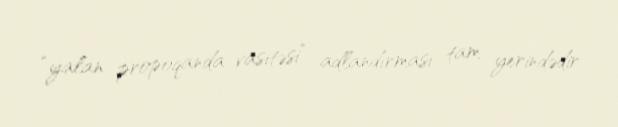
“yalan propoqanda vasitəsi” adlandırması tam yerindədir.